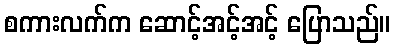
စကားလက်က ဆောင့်အင့်အင့် ပြောသည်။